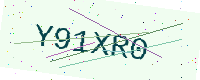
Text: Y91XR0